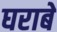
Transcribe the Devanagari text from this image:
घराबे